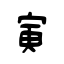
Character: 寅